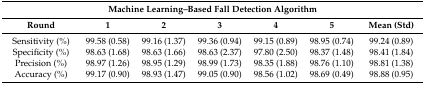
<table><thead><tr><td colspan="7"><b>Machine Learning–Based Fall Detection Algorithm</b></td></tr><tr><td><b>Round</b></td><td><b>1</b></td><td><b>2</b></td><td><b>3</b></td><td><b>4</b></td><td><b>5</b></td><td><b>Mean (Std)</b></td></tr></thead><tbody><tr><td>Sensitivity (%)</td><td>99.58 (0.58)</td><td>99.16 (1.37)</td><td>99.36 (0.94)</td><td>99.15 (0.89)</td><td>98.95 (0.74)</td><td>99.24 (0.89)</td></tr><tr><td>Specificity (%)</td><td>98.63 (1.68)</td><td>98.63 (1.66)</td><td>98.63 (2.37)</td><td>97.80 (2.50)</td><td>98.37 (1.48)</td><td>98.41 (1.84)</td></tr><tr><td>Precision (%)</td><td>98.97 (1.26)</td><td>98.95 (1.29)</td><td>98.99 (1.73)</td><td>98.35 (1.88)</td><td>98.76 (1.10)</td><td>98.81 (1.38)</td></tr><tr><td>Accuracy (%)</td><td>99.17 (0.90)</td><td>98.93 (1.47)</td><td>99.05 (0.90)</td><td>98.56 (1.02)</td><td>98.69 (0.49)</td><td>98.88 (0.95)</td></tr></tbody></table>